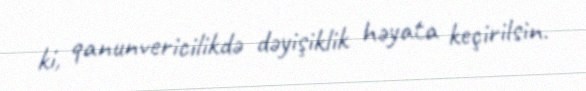
ki, qanunvericilikdə dəyişiklik həyata keçirilsin.